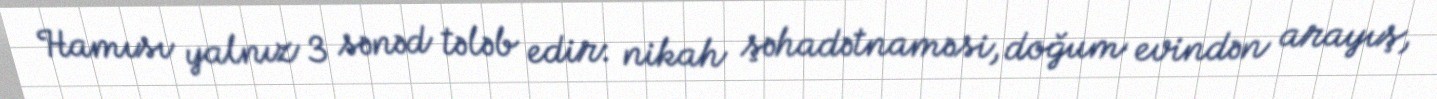
Hamısı yalnız 3 sənəd tələb edir: nikah şəhadətnaməsi, doğum evindən arayış,